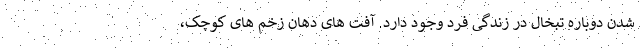
شدن دوباره تبخال در زندگی فرد وجود دارد. آفت های دهان زخم های کوچک،